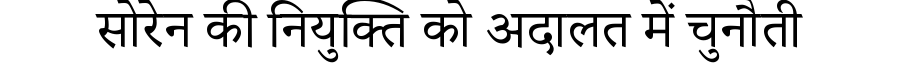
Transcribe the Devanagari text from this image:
सोरेन की नियुक्ति को अदालत में चुनौती